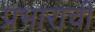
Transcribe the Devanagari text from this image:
प्रभाराची